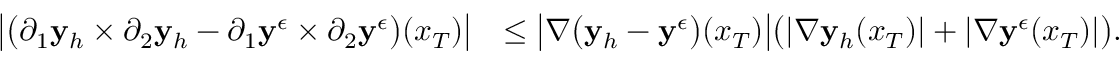
\begin{array} { r l } { \big | \big ( \partial _ { 1 } \mathbf { y } _ { h } \times \partial _ { 2 } \mathbf { y } _ { h } - \partial _ { 1 } \mathbf { y } ^ { \epsilon } \times \partial _ { 2 } \mathbf { y } ^ { \epsilon } \big ) ( x _ { T } ) \big | } & { \le \big | \nabla \big ( \mathbf { y } _ { h } - \mathbf { y } ^ { \epsilon } \big ) ( x _ { T } ) \big | \big ( | \nabla \mathbf { y } _ { h } ( x _ { T } ) | + | \nabla \mathbf { y } ^ { \epsilon } ( x _ { T } ) | \big ) . } \end{array}